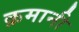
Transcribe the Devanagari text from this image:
क्रमानी